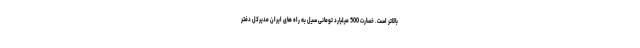
بالاتر است. خسارت 500 میلیارد تومانی سیل به راه های ایران مدیرکل دفتر